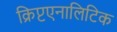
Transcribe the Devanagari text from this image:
क्रिप्टएनालिटिक